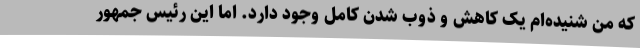
که من شنیده‌ام یک کاهش و ذوب شدن کامل وجود دارد. اما این رئیس جمهور